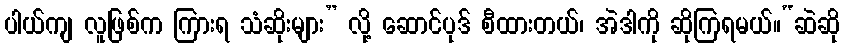
ပါယ်ကျ လူဖြစ်က ကြားရ သံဆိုးများ” လို့ ဆောင်ပုဒ် စီထားတယ်၊ အဲဒါကို ဆိုကြရမယ်။“ဆဲဆို